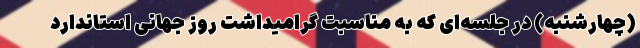
(چهارشنبه) در جلسه‌ای که به مناسبت گرامیداشت روز جهانی استاندارد